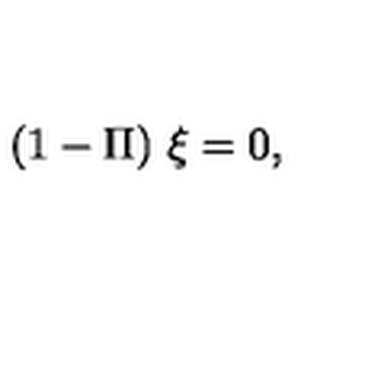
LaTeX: ( 1 - \Pi ) \ \xi = 0 ,